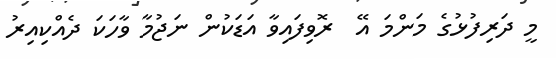
މީ ދަރިފުޅުގެ މަންމަ އޭ  ރޮވިފައިވާ އަޑަކުން ނަޖުމާ ވާހަކަ ދެއްކިއިރު